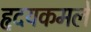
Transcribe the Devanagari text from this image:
हृदयकमले